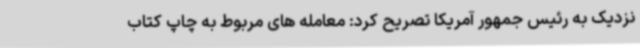
نزدیک به رئیس جمهور آمریکا تصریح کرد: معامله های مربوط به چاپ کتاب